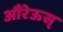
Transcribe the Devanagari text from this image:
औरेऊस्